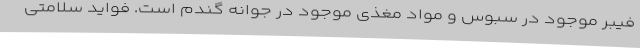
فیبر موجود در سبوس و مواد مغذی موجود در جوانه گندم است. فواید سلامتی